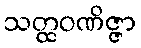
သတ္ထဝဏိဇ္ဇာ